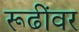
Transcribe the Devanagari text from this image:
रूढींवर